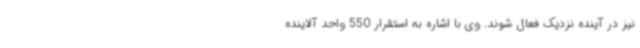
نیز در آینده نزدیک فعال شوند. وی با اشاره به استقرار 550 واحد آلاینده